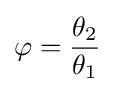
\varphi ={\frac {\theta _{2}}{\theta _{1}}}